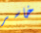
خاسر